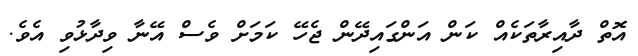
އޮތް ދާއިރާތަކެއް ކަން އަންގައިދޭން ޖެހޭ ކަމަށް ވެސް އޭނާ ވިދާޅުވި އެވެ.